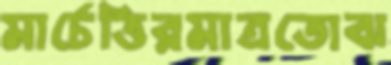
মার্চেত্তিরমাত্রতোঝ